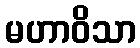
မဟာဝိသာ